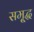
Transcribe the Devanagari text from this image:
समृ्द्ध